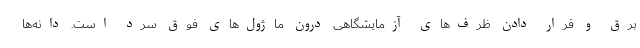
برق و قرار دادن ظرف‌های آزمایشگاهی درون ماژول‌های فوق سرد است. دانه‌ها